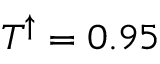
T ^ { \uparrow } = 0 . 9 5